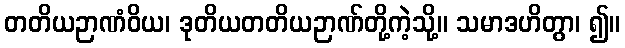
တတိယဉာဏံဝိယ၊ ဒုတိယတတိယဉာဏ်တို့ကဲ့သို့။ သမာဒဟိတွာ၊ ၍။